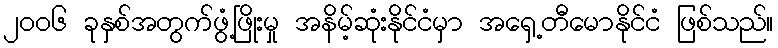
၂၀၀၆ ခုနှစ်အတွက်ဖွံ့ဖြိုးမှု အနိမ့်ဆုံးနိုင်ငံမှာ အရှေ့တီမောနိုင်ငံ ဖြစ်သည်။